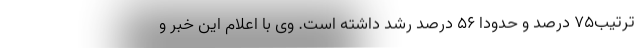
ترتيب75 درصد و حدودا 56 درصد رشد داشته است. وی با اعلام این خبر و